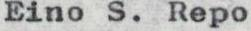
Eino S. Repo